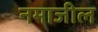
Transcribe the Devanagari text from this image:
नमाजील